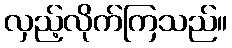
လှည့်လိုက်ကြသည်။